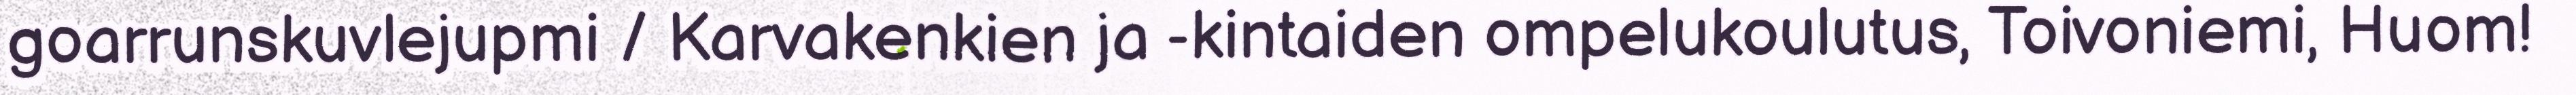
goarrunskuvlejupmi / Karvakenkien ja -kintaiden ompelukoulutus, Toivoniemi, Huom!